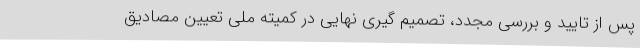
پس از تایید و بررسی مجدد، تصمیم گیری نهایی در کمیته ملی تعیین مصادیق